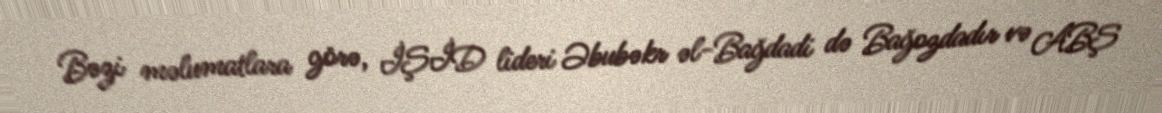
Bəzi məlumatlara görə, İŞİD lideri Əbubəkr əl-Bağdadi də Bağozdadır və ABŞ